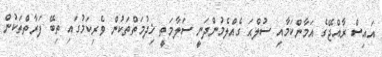
އައިސް ރާއްޖޭގެ އަމާންކަމާއި ސުލްޙަ ގެއްލެމުންދަނީ ސަލާމަތީ ޚިދުމަތްތަކުން ވެރިކަމުގައި ތިބޭ ފަރާތްތަކުން